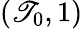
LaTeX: (\mathscr{T}_{0},1)